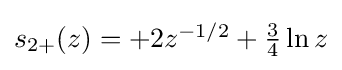
{\textstyle s_{2+}(z)=+2z^{-1/2}+{\tfrac {3}{4}}\ln z}